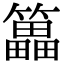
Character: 䉪